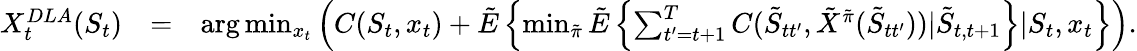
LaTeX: \begin{array}{rlr}{X_{t}^{DLA}(S_{t})}&{=}&{\mathrm{arg}\operatorname*{min}_{x_{t}}\left(C(S_{t},x_{t})+{\tilde{E}}\left\{ \operatorname*{min}_{{\tilde{\pi}}}{\tilde{E}}\left\{ \sum_{t^{\prime}=t+1}^{T}C({\tilde{S}}_{tt^{\prime}},{\tilde{X}}^{\tilde{\pi}}({\tilde{S}}_{tt^{\prime}}))|{\tilde{S}}_{t,t+1}\right\} |S_{t},x_{t}\right\} \right).}\end{array}